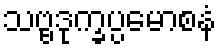
သဗ္ဗဒုက္ခပ္ပမောစနံ